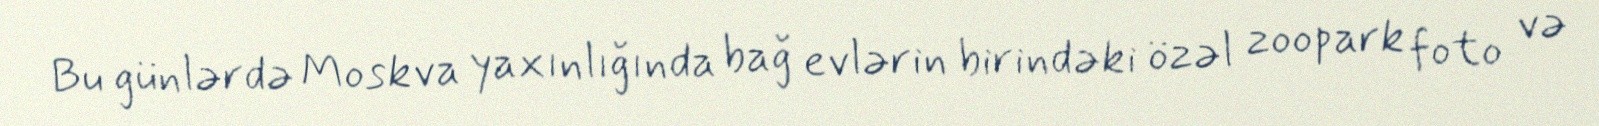
Bu günlərdə Moskva yaxınlığında bağ evlərin birindəki özəl zoopark foto və